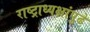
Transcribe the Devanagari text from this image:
राष्ट्राध्यक्षांपुढे